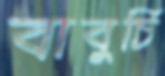
বাবুর্চি